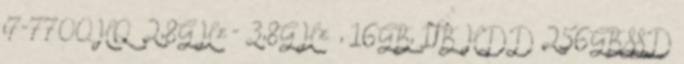
i7-7700HQ 2,8GHz - 3,8GHz , 16GB, 1TB HDD 256GB SSD